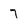
Character: 7